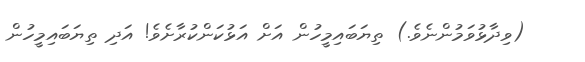
(ވިދާޅުވަމުންނެވެ.) ތިޔަބައިމީހުން އަށް އަޅުކަންކުރާށެވެ! އަދި ތިޔަބައިމީހުން